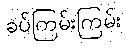
ခပ်ကြမ်းကြမ်း